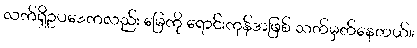
လက်ရှိဥပဒေကလည်း မြေကို ရောင်းကုန်အဖြစ် သတ်မှတ်နေတယ်။